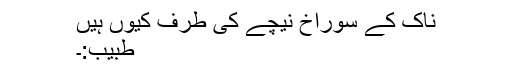
ناک کے سوراخ نیچے کی طرف کیوں ہیں
طبیب:۔